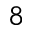
^ { 8 }